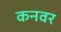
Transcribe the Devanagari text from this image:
कनवर